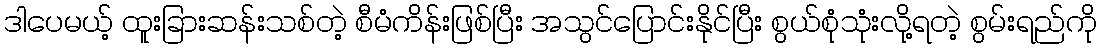
ဒါပေမယ့် ထူးခြားဆန်းသစ်တဲ့ စီမံကိန်းဖြစ်ပြီး အသွင်ပြောင်းနိုင်ပြီး စွယ်စုံသုံးလို့ရတဲ့ စွမ်းရည်ကို